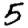
Digit: 5